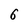
Character: 6